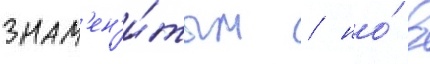
знам'ен'и́тым / но́ в